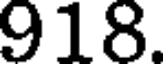
918.